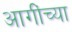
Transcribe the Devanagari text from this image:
आगींच्या